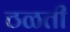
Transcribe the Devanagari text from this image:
ठळती